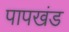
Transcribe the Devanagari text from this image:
पापखंड